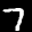
Label: 7